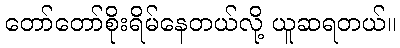
တော်တော်စိုးရိမ်နေတယ်လို့ ယူဆရတယ်။